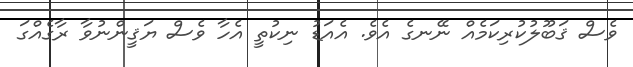
ވެސް ޤަބޫލުކުރިކަމެއް ނޭނގެ އެވެ. އެއަޑު ނިކުތީ އެހާ ވެސް ޔަޤީންނުވާ ރާގެއްގަ